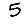
Digit: 5